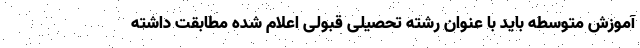
آموزش متوسطه باید با عنوان رشته تحصیلی قبولی اعلام شده مطابقت داشته